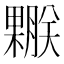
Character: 𣞅